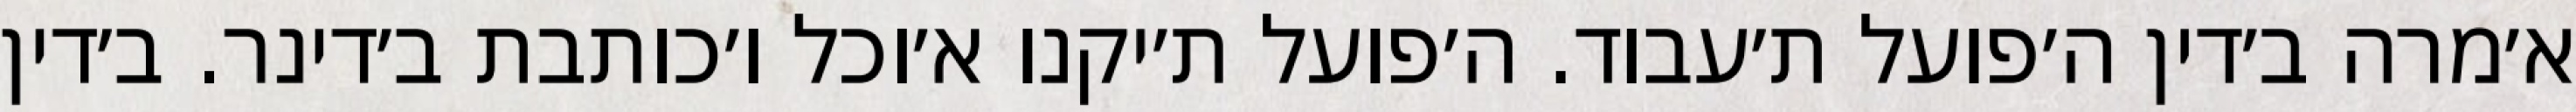
א׳מרה ב׳דין ה׳פועל ת׳עבוד. ה׳פועל ת׳יקנו א׳וכל ו׳כותבת ב׳דינר. ב׳דין